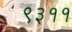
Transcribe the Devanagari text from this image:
९३११